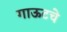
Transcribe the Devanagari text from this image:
गाऊटचे